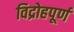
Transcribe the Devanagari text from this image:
विद्रोहपूर्ण